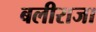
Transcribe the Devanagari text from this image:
बलीराजा